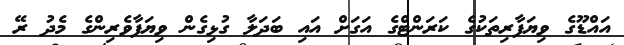
އައްޑޫގެ ވިޔަފާރިތަކުގެ ކަރަންޓްގެ އަގަށް އައި ބަދަލާ ގުޅިގެން ވިޔަފާވެރިންގެ މެދު ރޭ